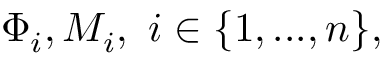
\Phi _ { i } , M _ { i } , \mathrm { ~ } i \in \{ 1 , . . . , n \} ,